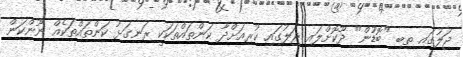
ޖަލުގައި ތިބި "ބޮޑުުން" ދޫކޮށްލައި ޖަލުގައި ކުރިއަށްދާ ކަންތައްތަކަކީ ރަނގަޅު ކަންތައްތަކެއް ނޫންކަން